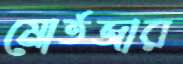
মোর্তজার